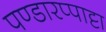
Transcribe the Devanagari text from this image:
पण्डारप्पाट्टा